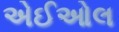
એઈઓલ